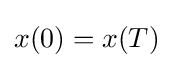
x(0)=x(T)